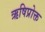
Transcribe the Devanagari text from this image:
ऋषिप्रोक्त